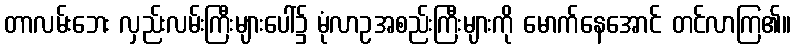
တာလမ်းဘေး လှည်းလမ်းကြီးများပေါ်၌ မုံလာဥအစည်းကြီးများကို မောက်နေအောင် တင်လာကြ၏။